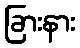
ခြားနား